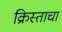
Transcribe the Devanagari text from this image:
क्रिस्ताचा